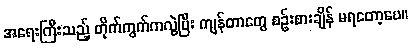
အရေးကြီးသည့် တိုက်ကွက်ကလွဲပြီး ကျန်တာတွေ စဉ်းစားချိန် မရတော့ပေ။